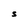
Character: S